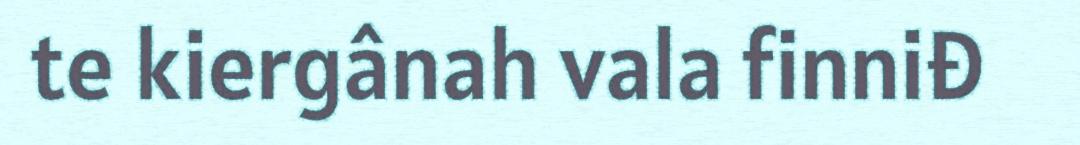
te kiergânah vala finniđ